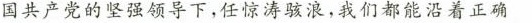
国共产党的坚强领导下，任惊涛骇浪，我们都能沿着正确